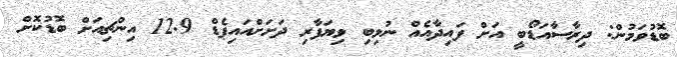
ބޮޑުވަމުން: ދިރާސާއަޑޯބީ އަށް ފައިދާއެއް ނުލިބި ވިޔަފާރި ދަށަށްއައިޕެޑް 12.9 އިންޗިއަށް ބޮޑުކޮށް